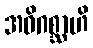
အဓိဂစ္ဆာဟိ